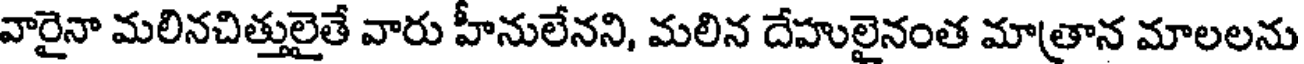
వారైనా మలినచిత్తులైతే వారు హీనులేనని, మలిన దేహులైనంత మాత్రాన మాలలను